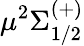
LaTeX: \mu{}^{2}\Sigma_{1/2}^{(+)}